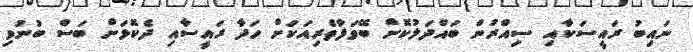
ނައިބު ރައީސަކާއި ސިއްރުން ބައްދަލުކޮށް ބޭވަފާތެރިއަކަށް ހަދާ ރައީސާއި ދެކޮޅަށް ބަސް ބުނުވި